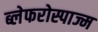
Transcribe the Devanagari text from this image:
ब्लेफरोस्पाज्म